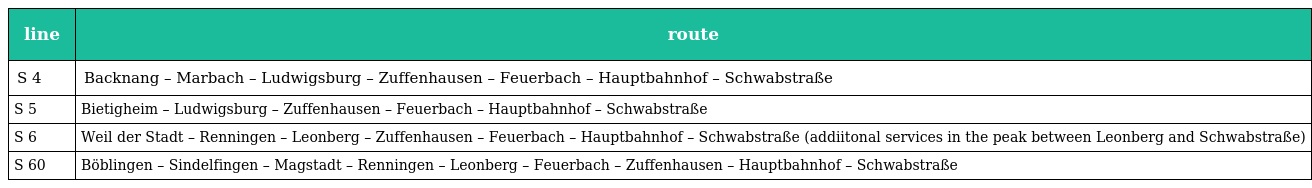
| line | route |
 | --- | --- |
 | S 4 | Backnang – Marbach – Ludwigsburg – Zuffenhausen – Feuerbach – Hauptbahnhof – Schwabstraße |
 | S 5 | Bietigheim – Ludwigsburg – Zuffenhausen – Feuerbach – Hauptbahnhof – Schwabstraße |
 | S 6 | Weil der Stadt – Renningen – Leonberg – Zuffenhausen – Feuerbach – Hauptbahnhof – Schwabstraße (addiitonal services in the peak between Leonberg and Schwabstraße) |
 | S 60 | Böblingen – Sindelfingen – Magstadt – Renningen – Leonberg – Feuerbach – Zuffenhausen – Hauptbahnhof – Schwabstraße |